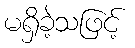
မရှိခဲ့သဖြင့်